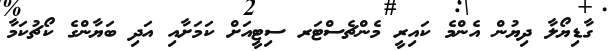
ގާޑިޔޯލާ ދިޔުން އެންމެ ކައިރީ މެންޗެސްޓަރ ސިޓީއަށް ކަމަށާއި އަދި ބަޔާންގެ ކޯޗުކަމާ